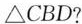
\triangle CBD?